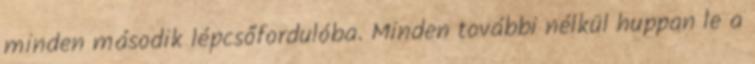
minden második lépcsőfordulóba. Minden további nélkül huppan le a